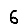
Digit: 6